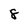
Character: 8